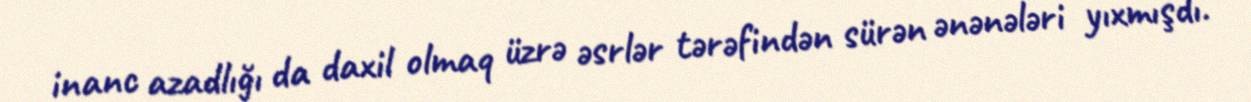
inanc azadlığı da daxil olmaq üzrə əsrlər tərəfindən sürən ənənələri yıxmışdı.